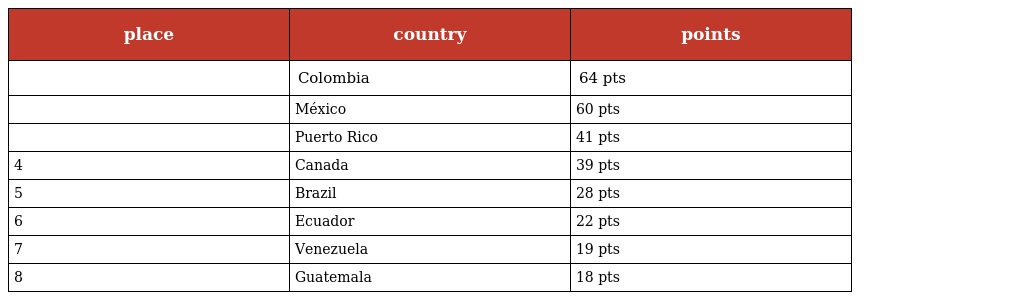
| place | country | points |
 | --- | --- | --- |
 |  | Colombia | 64 pts |
 |  | México | 60 pts |
 |  | Puerto Rico | 41 pts |
 | 4 | Canada | 39 pts |
 | 5 | Brazil | 28 pts |
 | 6 | Ecuador | 22 pts |
 | 7 | Venezuela | 19 pts |
 | 8 | Guatemala | 18 pts |